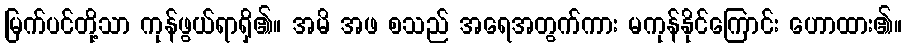
မြက်ပင်တို့သာ ကုန်ဖွယ်ရာရှိ၏။ အမိ အဖ စသည် အရေအတွက်ကား မကုန်နိုင်ကြောင်း ဟောထား၏။